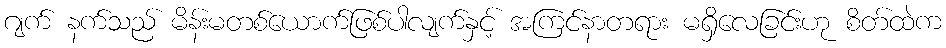
ဂျက် နက်သည် မိန်းမတစ်ယောက်ဖြစ်ပါလျက်နှင့် အကြင်နာတရား မရှိလေခြင်းဟု စိတ်ထဲက